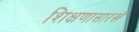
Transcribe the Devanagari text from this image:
शिक्षणासारखे